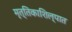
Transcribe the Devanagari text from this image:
मृत्तिकाशिल्पात